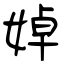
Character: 婥